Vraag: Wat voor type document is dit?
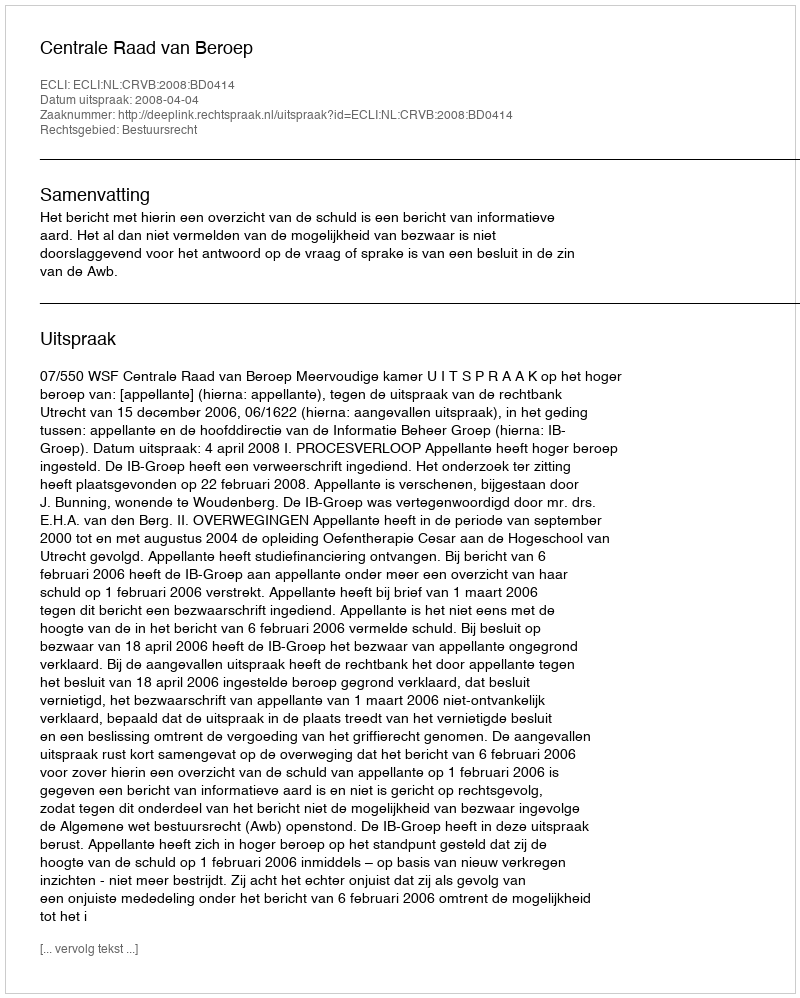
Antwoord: Uitspraak